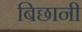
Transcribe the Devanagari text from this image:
बिछानी